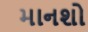
માનશો